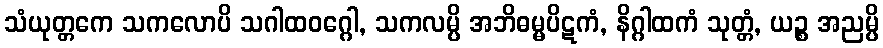
သံယုတ္တကေ သကလောပိ သဂါထဝဂ္ဂေါ, သကလမ္ပိ အဘိဓမ္မပိဋကံ, နိဂ္ဂါထကံ သုတ္တံ, ယဉ္စ အညမ္ပိ